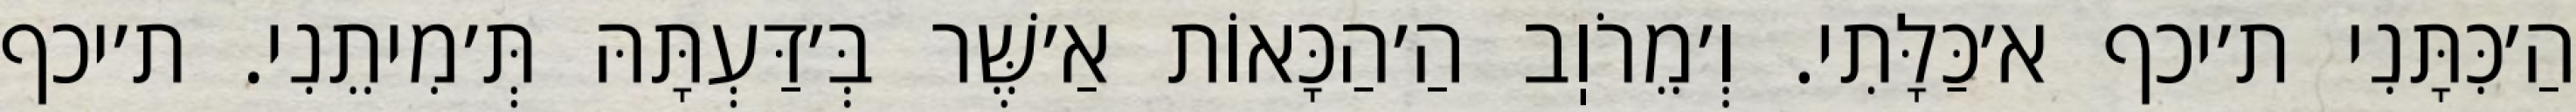
הַ׳כִּתָּנִי ת׳יכף א׳כַּלָּתִי. וְ׳מֵרֹוֽב הַ׳הַכָּאוֹת אַ׳שֶּׁר בְּ׳דַּעְתָּהּ תְּ׳מִיתֵנִי. ת׳יכף